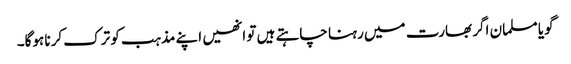
گویا مسلمان اگر بھارت میں رہنا چاہتے ہیں تو انھیں اپنے مذہب کو ترک کرنا ہوگا۔